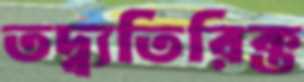
তদ্ব্যতিরিক্ত